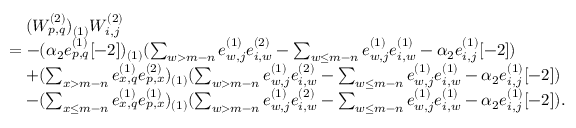
\begin{array} { r l } & { \quad ( W _ { p , q } ^ { ( 2 ) } ) _ { ( 1 ) } W _ { i , j } ^ { ( 2 ) } } \\ & { = - ( \alpha _ { 2 } e _ { p , q } ^ { ( 1 ) } [ - 2 ] ) _ { ( 1 ) } ( \sum _ { w > m - n } e _ { w , j } ^ { ( 1 ) } e _ { i , w } ^ { ( 2 ) } - \sum _ { w \leq m - n } e _ { w , j } ^ { ( 1 ) } e _ { i , w } ^ { ( 1 ) } - \alpha _ { 2 } e _ { i , j } ^ { ( 1 ) } [ - 2 ] ) } \\ & { \quad + ( \sum _ { x > m - n } e _ { x , q } ^ { ( 1 ) } e _ { p , x } ^ { ( 2 ) } ) _ { ( 1 ) } ( \sum _ { w > m - n } e _ { w , j } ^ { ( 1 ) } e _ { i , w } ^ { ( 2 ) } - \sum _ { w \leq m - n } e _ { w , j } ^ { ( 1 ) } e _ { i , w } ^ { ( 1 ) } - \alpha _ { 2 } e _ { i , j } ^ { ( 1 ) } [ - 2 ] ) } \\ & { \quad - ( \sum _ { x \leq m - n } e _ { x , q } ^ { ( 1 ) } e _ { p , x } ^ { ( 1 ) } ) _ { ( 1 ) } ( \sum _ { w > m - n } e _ { w , j } ^ { ( 1 ) } e _ { i , w } ^ { ( 2 ) } - \sum _ { w \leq m - n } e _ { w , j } ^ { ( 1 ) } e _ { i , w } ^ { ( 1 ) } - \alpha _ { 2 } e _ { i , j } ^ { ( 1 ) } [ - 2 ] ) . } \end{array}